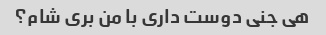
هی جنی دوست داری با من بری شام؟